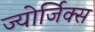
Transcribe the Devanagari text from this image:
ज्योर्जिक्स